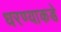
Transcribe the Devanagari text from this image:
धरण्याकडे